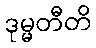
ဒုမ္မတီတိ